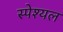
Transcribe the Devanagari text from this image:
स्पेश्यल